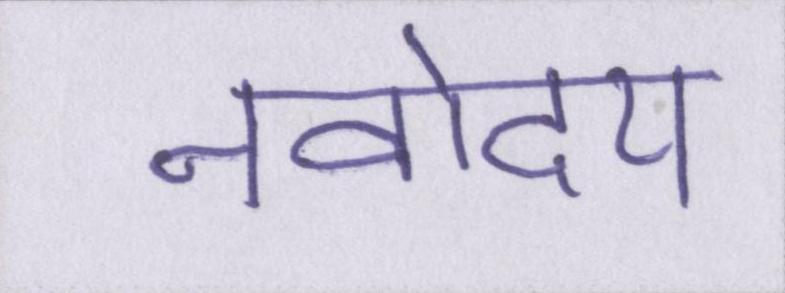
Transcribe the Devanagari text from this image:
नवोदय